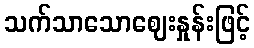
သက်သာသောဈေးနှုန်းဖြင့်